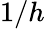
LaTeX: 1/h